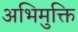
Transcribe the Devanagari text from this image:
अभिमुक्ति